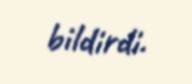
bildirdi.